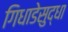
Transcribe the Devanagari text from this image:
गिधाडेसुद्धा